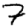
Digit: 7